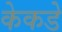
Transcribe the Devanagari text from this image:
केकडे